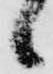
候